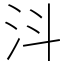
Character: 㳆